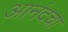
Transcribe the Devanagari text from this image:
आनंदचा